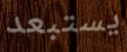
يستبعد